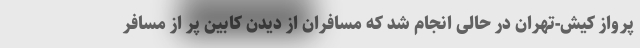
پرواز کیش-تهران در حالی انجام شد که مسافران از دیدن کابین پر از مسافر